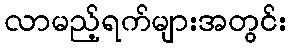
လာမည့်ရက်များအတွင်း